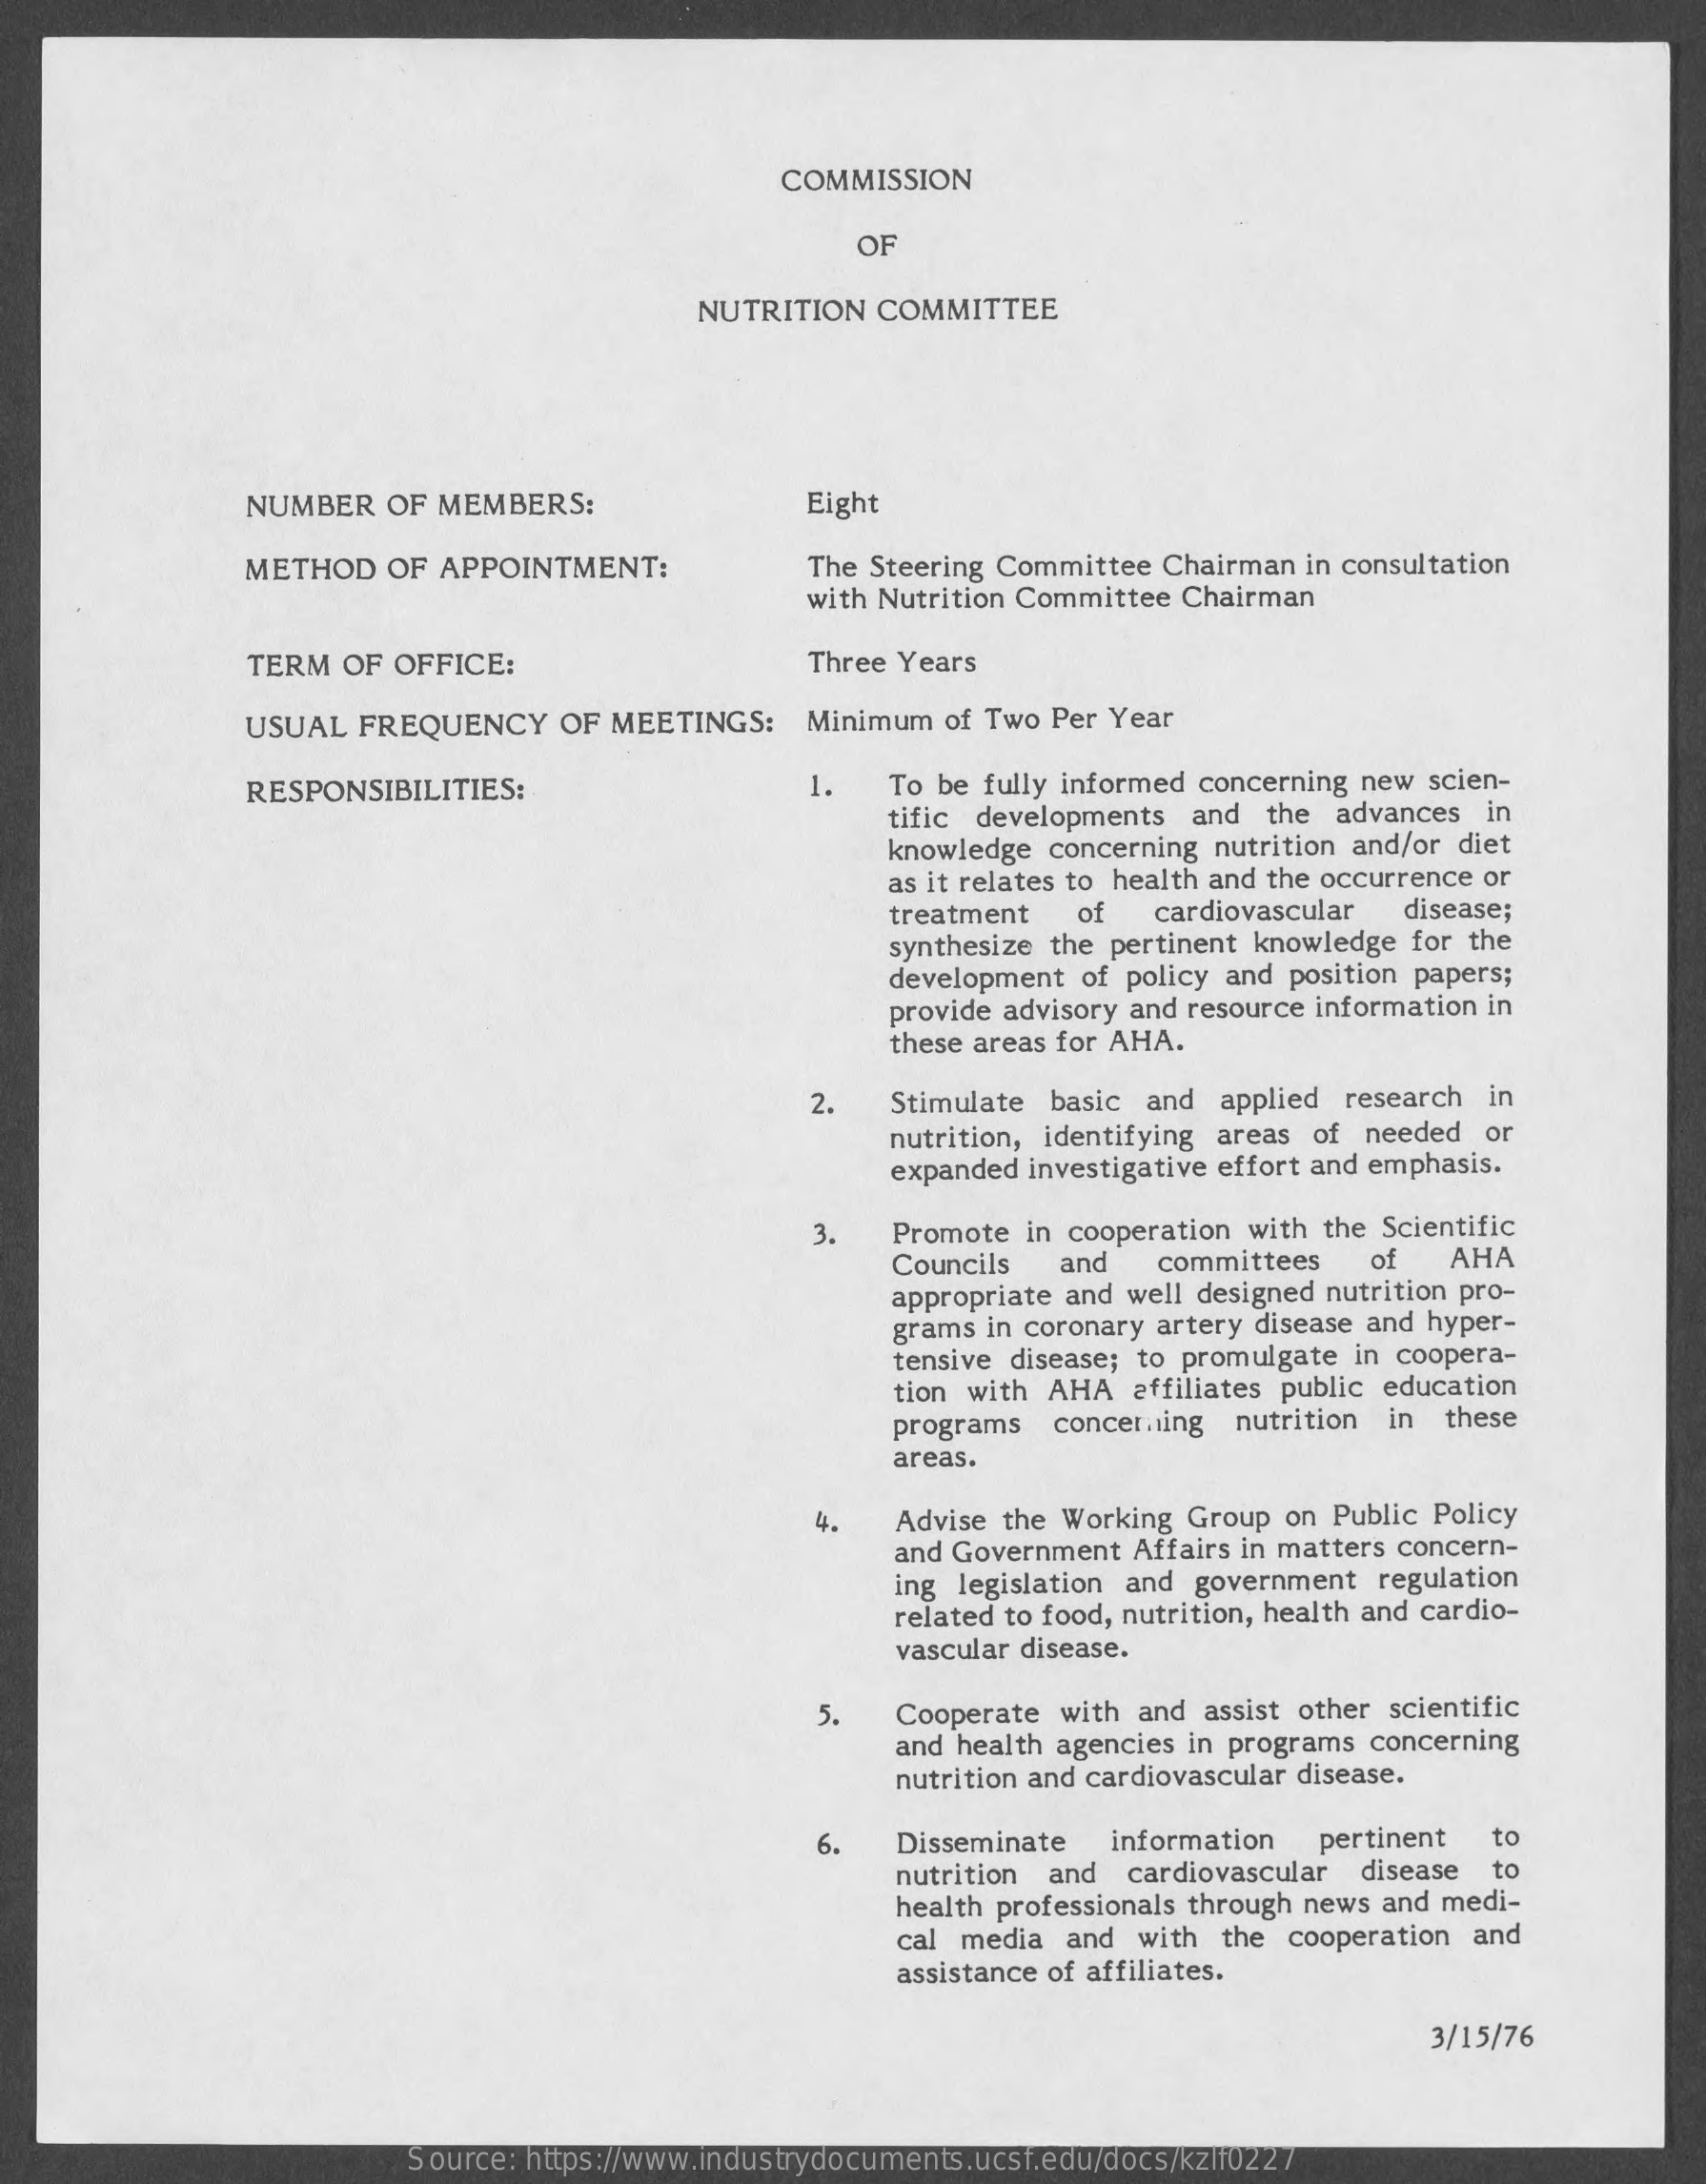
COMMISSION
     OF
     NUTRITION COMMITTEE
     NUMBER OF MEMBERS:    Eight
     METHOD OF APPOINTMENT:    The Steering Committee Chairman in consultation
     with Nutrition Committee Chairman
     TERM OF OFFICE:    Three Years
     USUAL FREQUENCY OF MEETINGS: Minimum of Two Per Year
     RESPONSIBILITIES:    1.  To be fully informed concerning new scien-
     tific developments and the advances in
     knowledge concerning nutrition and/or diet
     as it relates to health and the occurrence or
     treatment of cardiovascular
     synthesize the pertinent knowledge for the
     disease;
     development of policy and position papers;
     provide advisory and resource information in
     these areas for AHA.
     2.  Stimulate basic and applied research in
     nutrition, identifying areas of needed or
     expanded investigative effort and emphasis.
     3.
     Councils
     Promote in cooperation with the Scientific
     and  committees of AHA
     appropriate and well designed nutrition pro-
     grams in coronary artery disease and hyper-
     tensive disease; to promulgate in coopera-
     tion with AHA affiliates public education
     programs concerning nutrition in these
     areas.
     4.  Advise the Working Group on Public Policy
     and Government Affairs in matters concern-
     ing legislation and government regulation
     related to food, nutrition, health and cardio-
     vascular disease.
     5.  Cooperate with and assist other scientific
     and health agencies in programs concerning
     nutrition and cardiovascular disease.
     6.  Disseminate information pertinent to
     nutrition and cardiovascular disease
     health professionals through news and medi-
     to
     cal media and with the cooperation and
     assistance of affiliates.
     3/15/76
     Source: https://www.industrydocuments.ucsf.edu/docs/kzlf0227